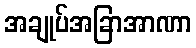
အချုပ်အခြာအာဏာ